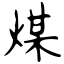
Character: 煤